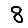
Digit: 8